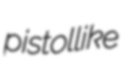
pistollike